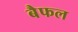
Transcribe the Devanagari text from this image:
बैफल